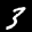
Label: 3